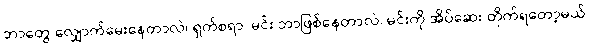
ဘာတွေ လျှောက်မေးနေတာလဲ၊ ရှက်စရာ၊ မင်း ဘာဖြစ်နေတာလဲ၊ မင်းကို အိပ်ဆေး တိုက်ရတော့မယ်